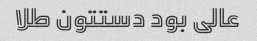
عالی بود دستتون طلا